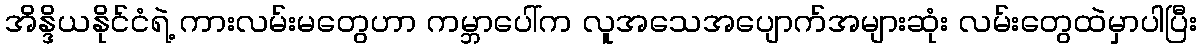
အိန္ဒိယနိုင်ငံရဲ့ ကားလမ်းမတွေဟာ ကမ္ဘာပေါ်က လူအသေအပျောက်အများဆုံး လမ်းတွေထဲမှာပါပြီး